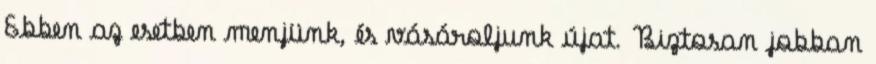
Ebben az esetben menjünk, és vásároljunk újat. Biztosan jobban